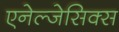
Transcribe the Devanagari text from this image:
एनेल्जेसिक्स